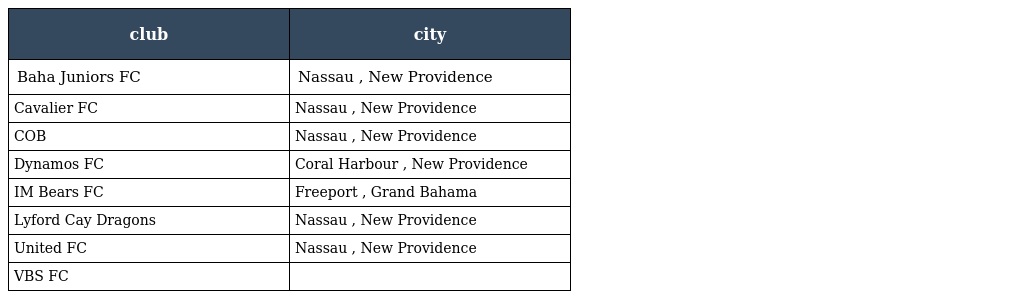
| club | city |
 | --- | --- |
 | Baha Juniors FC | Nassau , New Providence |
 | Cavalier FC | Nassau , New Providence |
 | COB | Nassau , New Providence |
 | Dynamos FC | Coral Harbour , New Providence |
 | IM Bears FC | Freeport , Grand Bahama |
 | Lyford Cay Dragons | Nassau , New Providence |
 | United FC | Nassau , New Providence |
 | VBS FC |  |